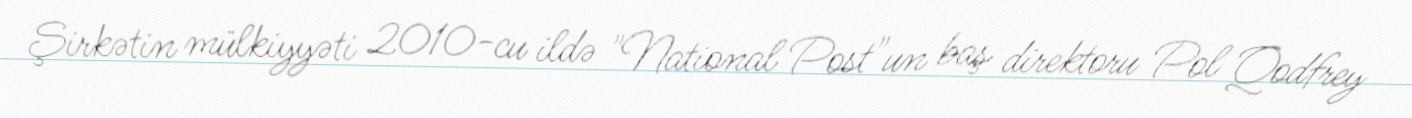
Şirkətin mülkiyyəti 2010-cu ildə "National Post"un baş direktoru Pol Qodfrey